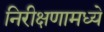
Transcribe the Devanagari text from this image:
निरीक्षणामध्ये